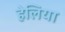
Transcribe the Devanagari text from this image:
हेलिया